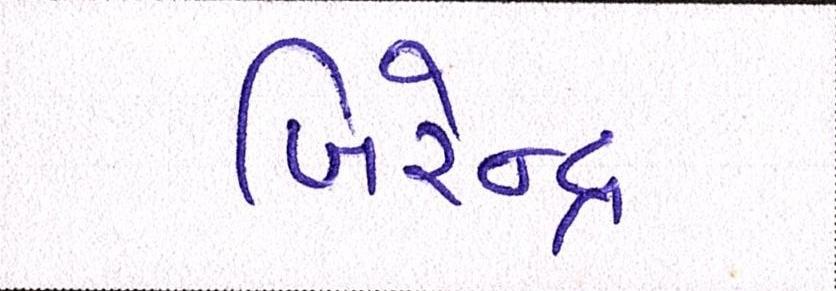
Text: બિરેન્દ્ર